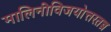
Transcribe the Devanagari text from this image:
मालिनीविजयोत्तरतन्त्र